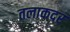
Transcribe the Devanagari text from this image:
तलाकदर